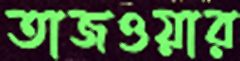
তাজওয়ার